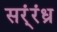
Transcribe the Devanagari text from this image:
सर्ंरंध्र